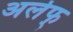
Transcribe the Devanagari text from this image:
अलेफ्